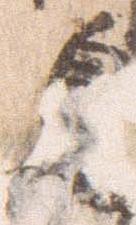
自